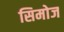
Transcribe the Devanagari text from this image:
सिमोज